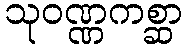
သုဝဏ္ဏကစ္ဆာ